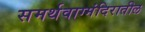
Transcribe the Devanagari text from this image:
समर्थवाग्मंदिरातील